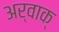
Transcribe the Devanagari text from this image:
अर्वाक्